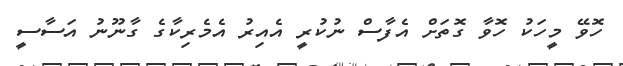
ހޮވޭ މީހަކު ހޮވާ ގޮތަށް އެފާސް ނުކުރީ އެއިރު އެމެރިކާގެ ގާނޫނު އަސާސީ